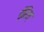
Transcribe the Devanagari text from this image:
ईरिश्